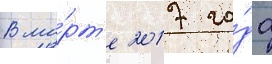
В ма́рт'е 2017 го́да